Lunatic asylums Punjab 1895-1910 - 1895-1910
Year: 1895
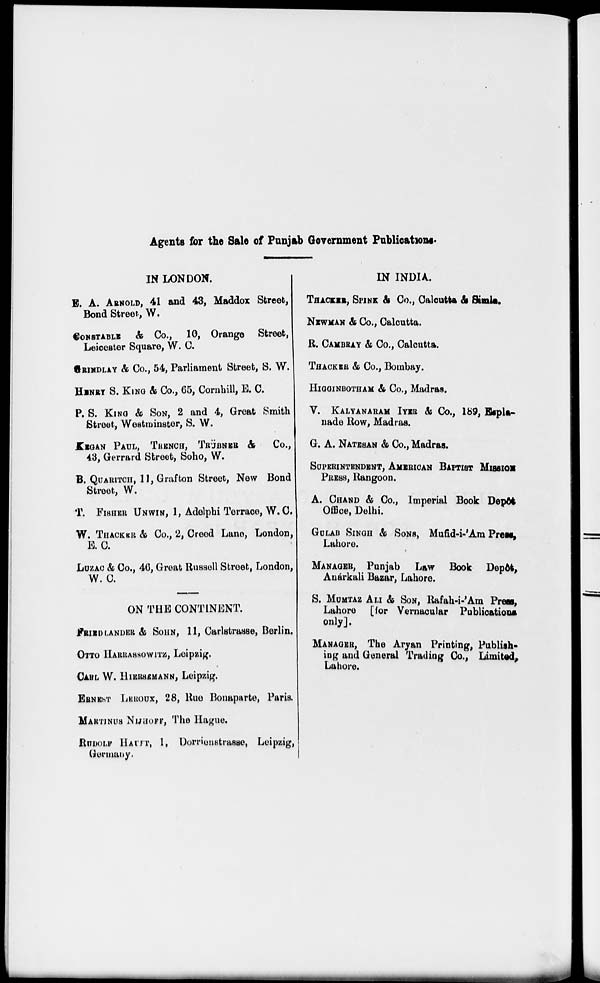
Agents for the Sale of Punjab Government Publications.
IN LONDON.
E. A. ARNOLD, 41 and 43, Maddox Street,
Bond Street, W.
CONSTABLE & Co., 10, Orange Street,
Leicester Square, W. C.
GRINDLAY & Co., 54, Parliament Street, S. W.
HENRY S. KING & Co., 65, Comhill, E. C.
P. S. KING & SON, 2 and 4, Great Smith
Street, Westminster, S. W.
KEGAN PAUL, TRENCH, TRÜBNER &
Co.,
48, Gerrard Street, Soho, W.
B. QUARITCH,11, Grafton Street, New Bond
Street, W.
T. FISHER UNWIN, 1, Adelpbi Terrace, W. C.
W. THACKER & Co., 2, Creed Lane, London
E. C.
LUZAC & Co., 46, Great Russell Street, London
W. C.
ON THE CONTINENT.
FRIEDLANDER & SOHN, 11, Carlstrasse, Berlin
OTTO HARRASSOWITZ, Leipzig.
CARL W. HIERSEMANN, Leipzig.
ERNEST LEROUX, 28, Rue Bonaparte, Paris
MARTINUS NIJHOFF , The Hague.
RUDOLF HAUTT, 1, Dorrienstrasse, Leipzig
Germany.
IN INDIA.
THACKER, SPINK & Co., Calcutta & Simla,
NEWMAN & Co., Calcutta.
B. CAMBRAY & Co., Calcutta.
THACKER & Co., Bombay.
HIGGINBOTHAM & Co., Madras.
V. KALYANARAM IYER & Co., 189, Espla-
nade Bow, Madras.
G. A. NATESAN & Co., Madras.
SUPERINTENDENT, AMERICAN BAPTIST MISSION
PRESS, Rangoon.
A. CHAND & Co., Imperial Book Depôt
Office, Delhi.
GULAB SINGH & SONS, Mufid-i-'Ara Press,
Lahore.
MANAGER, Punjab
Law Book Depôt,
Auàrkali Bazar, Lahore.
S. MUMTAZ ALI & SON, Rafah-i-'Am Press,
Lahore [for Vernacular Publications
only].
MANEGER, The Aryan Printing, Publish-
ing and General Trading Co., Limited,
Lahore.